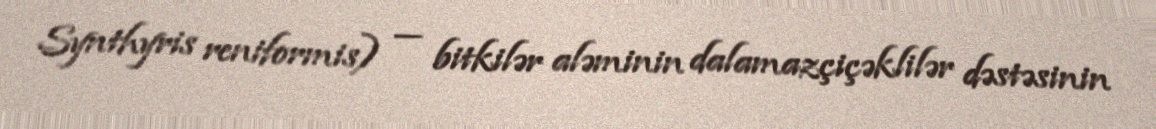
Synthyris reniformis) — bitkilər aləminin dalamazçiçəklilər dəstəsinin